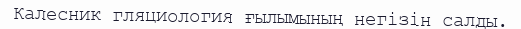
Калесник гляциология ғылымының негізін салды.